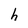
Character: h